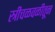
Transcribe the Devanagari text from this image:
स्त्रीचळवळीतून